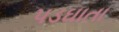
પડઘાતા